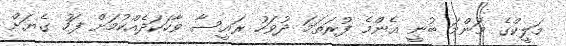
މަލީކްގެ މަންމަ ބުނީ އެންމެ ފުރަތަމަ ދުވަހު ރައީސާ ވާހަކަދެއްކުމަށް ފަހު ގެޔަށް